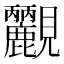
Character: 𧢮